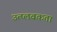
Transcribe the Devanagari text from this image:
उत्प्लवकता